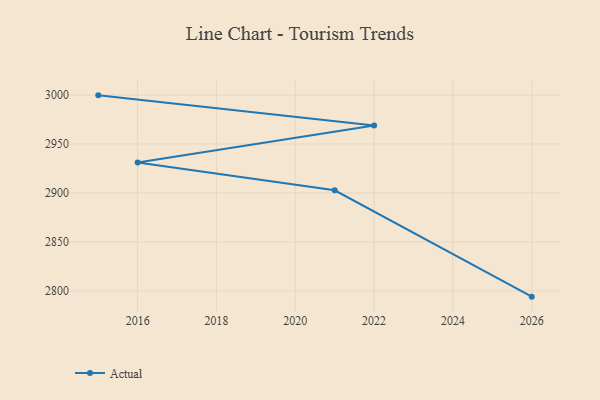
{"axis": {"x": "Year", "y": "Revenue (USD Million)"}, "legend": ["Actual"], "data": [{"x": "2026", "y": 2794.1, "type": "Actual"}, {"x": "2021", "y": 2902.7, "type": "Actual"}, {"x": "2016", "y": 2931.2, "type": "Actual"}, {"x": "2022", "y": 2969.0, "type": "Actual"}, {"x": "2015", "y": 2999.7, "type": "Actual"}]}